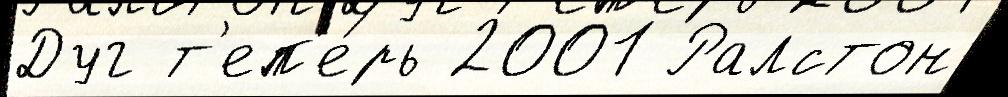
Дуг т'еп'е́рь 2001 Ралстон